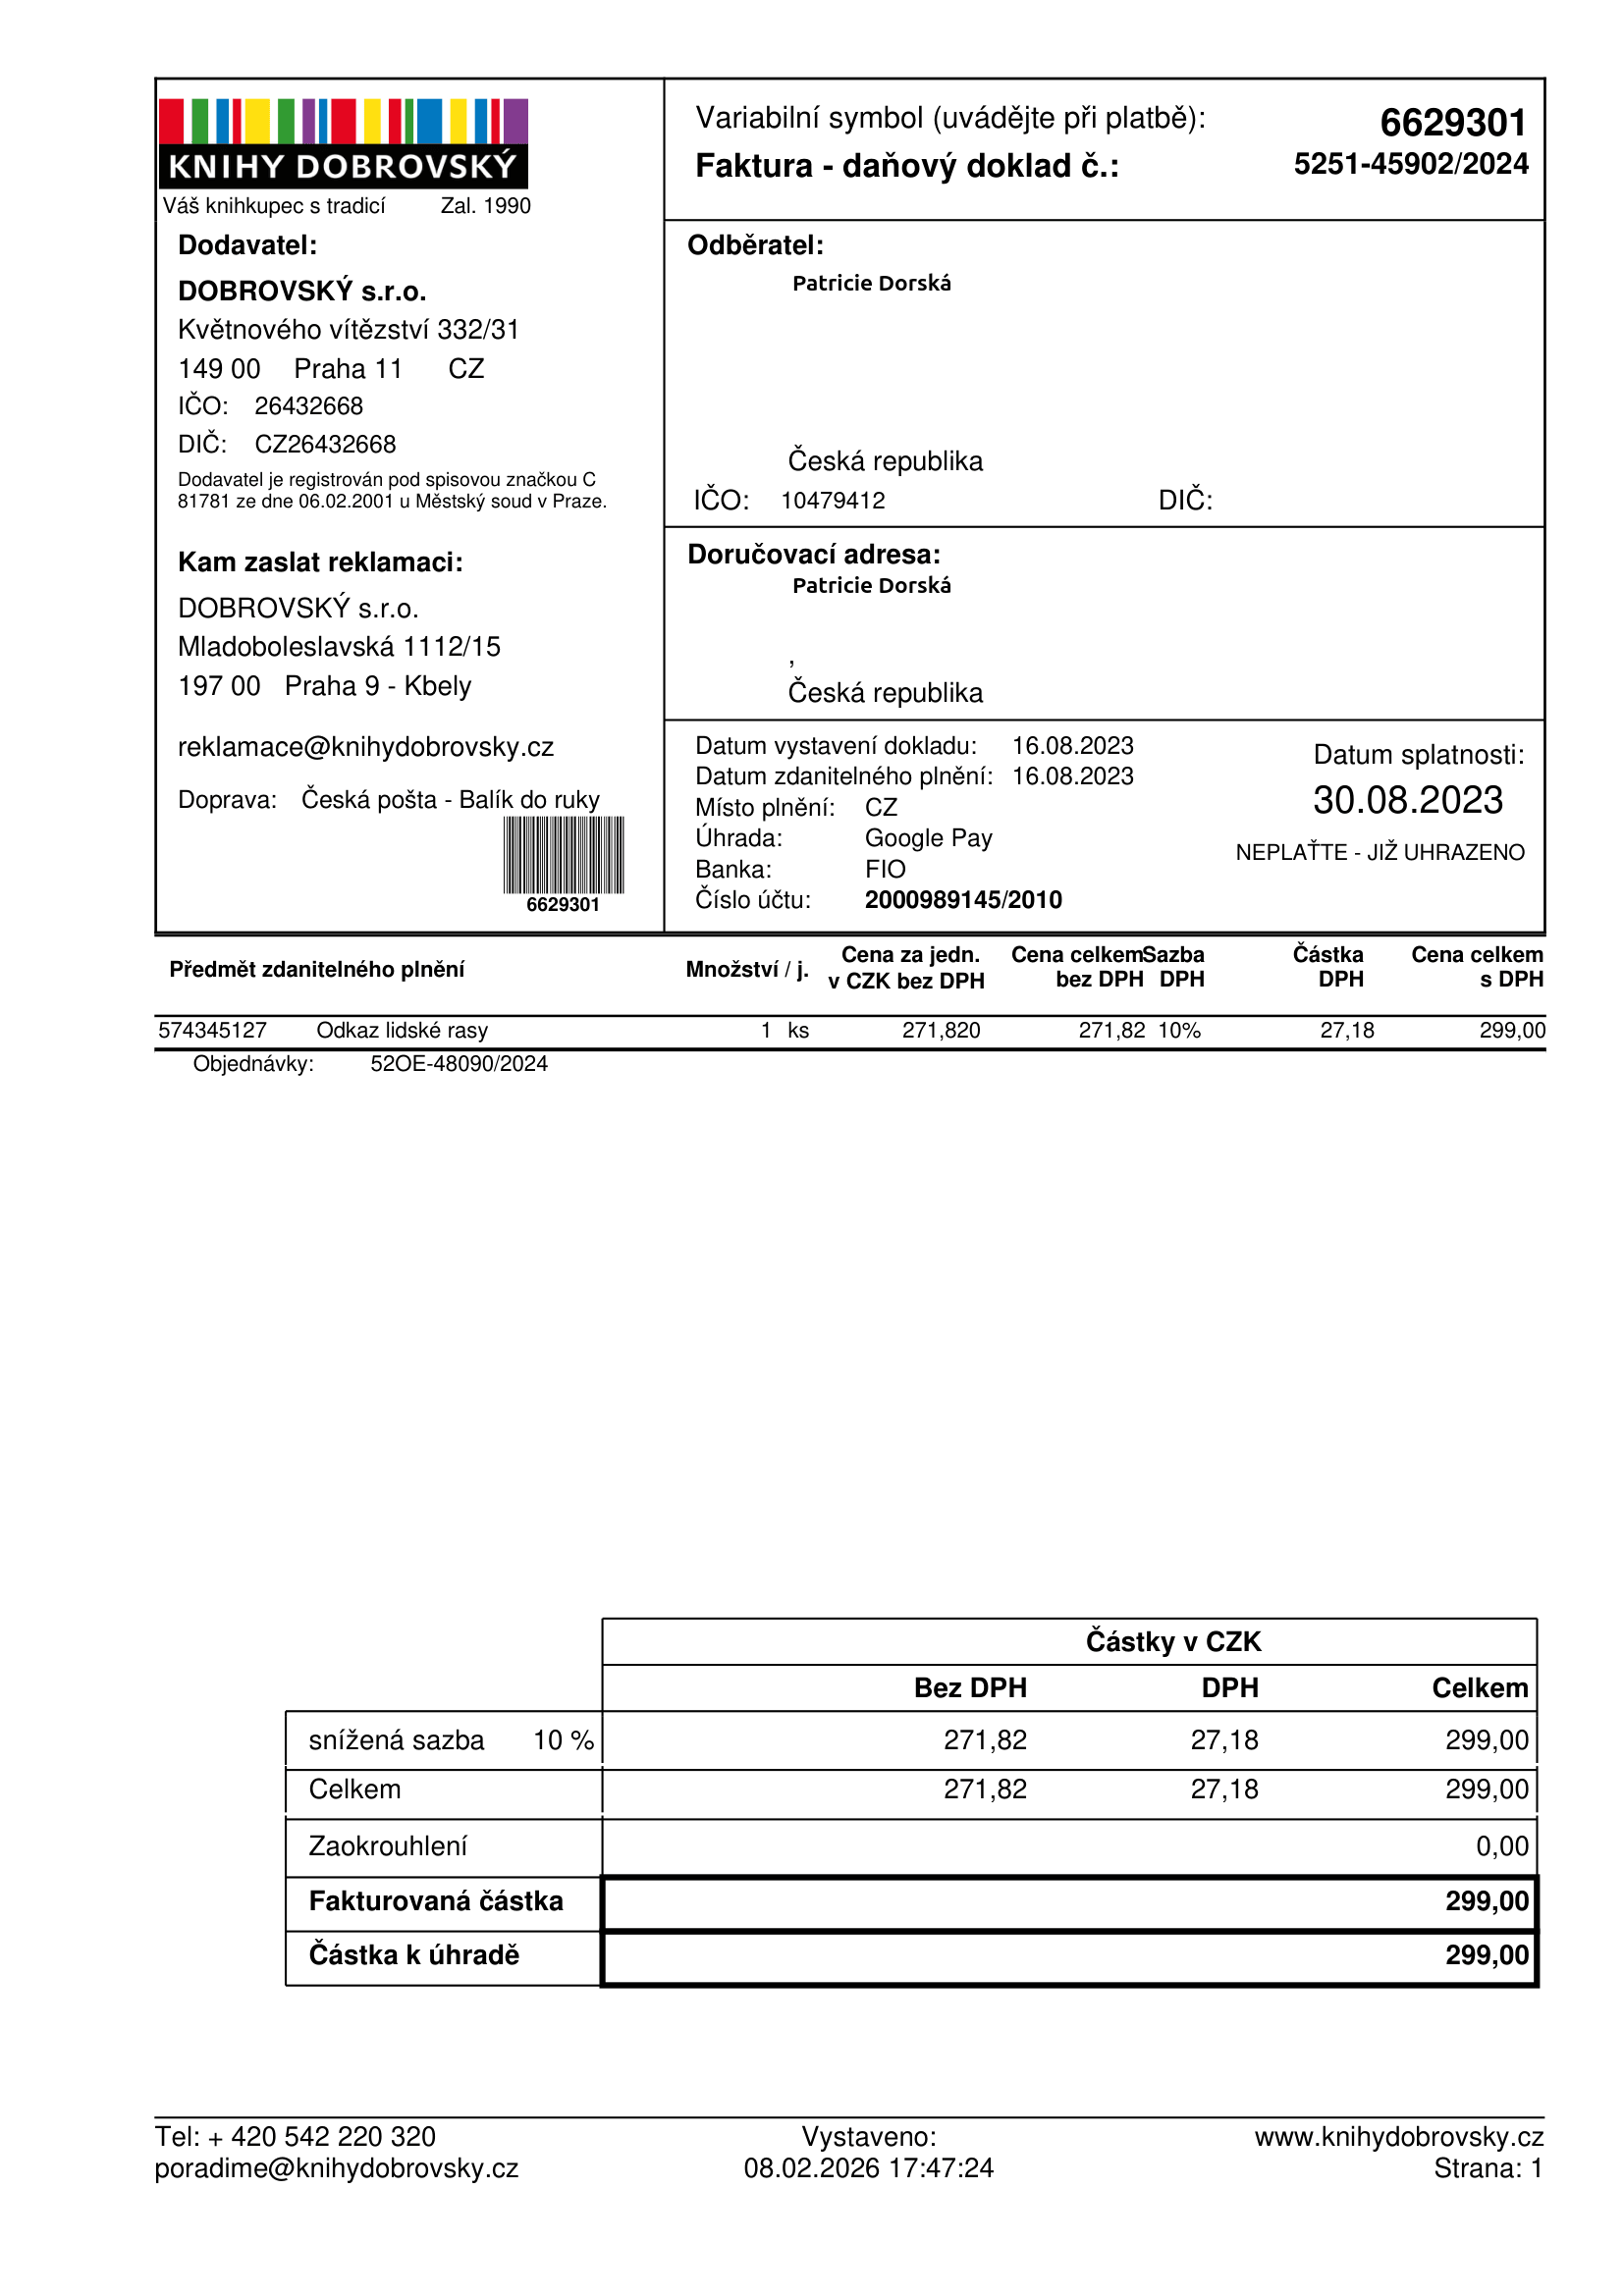
invoice_number: 5251-45902/2024
supp_register_id: 26432668
supp_tax_id: CZ26432668
cust_register_id: 10479412
issue_date: 16.08.2023
taxable_supply_date: 16.08.2023
due_date: 30.08.2023
payment_type: Google Pay
bank_account_number: 2000989145/2010
variable_symbol: 6629301
total: 299,00